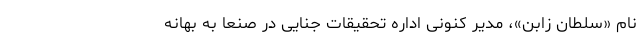
نام «سلطان زابن»، مدیر کنونی اداره تحقیقات جنایی در صنعا به بهانه